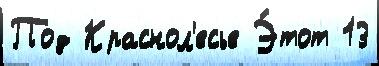
Под Краснол'есье Э́тот 13